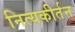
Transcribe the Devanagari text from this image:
नित्यकीर्तन